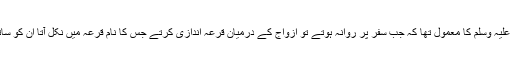
آپ صلی اللہ علیہ وسلم کا معمول تھا کہ جب سفر پر روانہ ہوتے تو ازواج کے درمیان قرعہ اندازی کرتے جس کا نام قرعہ میں نکل آتا ان کو ساتھ لے جاتے۔